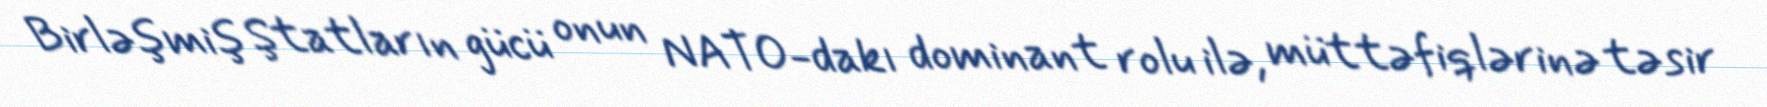
Birləşmiş Ştatların gücü onun NATO-dakı dominant rolu ilə, müttəfiqlərinə təsir